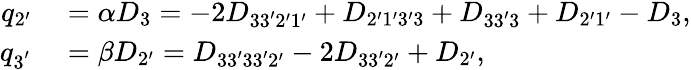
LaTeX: \begin{array}{rl}{q_{2^{\prime}}}&{{}=\alpha D_{3}=-2{D_{33^{\prime}2^{\prime}1^{\prime}}}+{D_{2^{\prime}1^{\prime}3^{\prime}3}}+{D_{33^{\prime}3}}+{D_{2^{\prime}1^{\prime}}}-{D_{3}},}\\ {q_{3^{'}}}&{{}=\beta D_{2^{\prime}}={D_{33^{\prime}33^{\prime}2^{\prime}}}-2{D_{33^{\prime}2^{\prime}}}+{D_{2^{\prime}}},}\end{array}